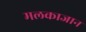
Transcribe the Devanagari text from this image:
मलकाजान